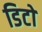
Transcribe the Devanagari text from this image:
डिटो